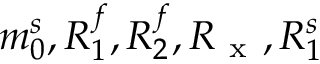
m _ { 0 } ^ { s } , R _ { 1 } ^ { f } , R _ { 2 } ^ { f } , R _ { \mathrm { ~ x ~ } } , R _ { 1 } ^ { s }